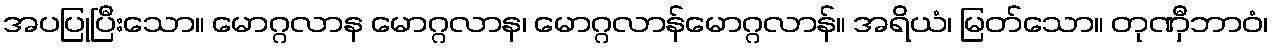
အပပြုပြီးသော။ မောဂ္ဂလာန မောဂ္ဂလာန၊ မောဂ္ဂလာန်မောဂ္ဂလာန်။ အရိယံ၊ မြတ်သော။ တုဏှီဘာဝံ၊